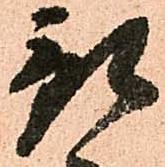
預